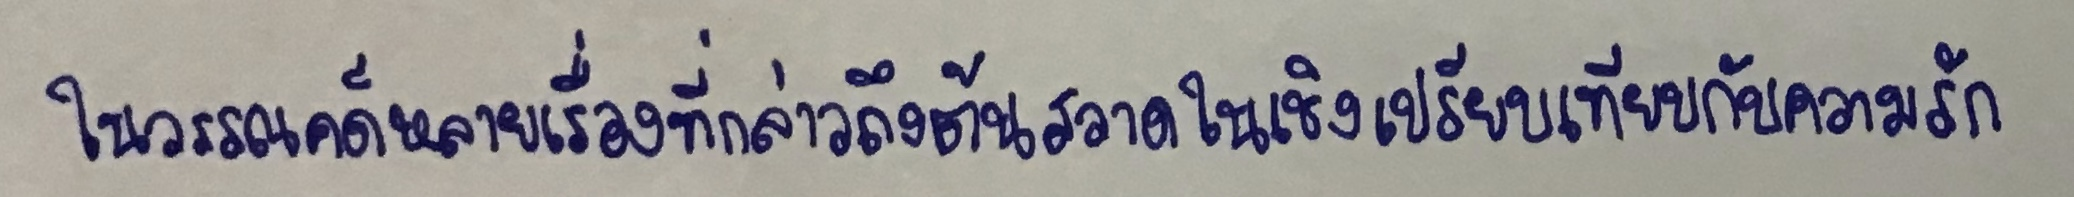
ในวรรณคดีหลายเรื่องที่กล่าวถึงต้นสวาดในเชิงเปรียบเทียบกับความรัก